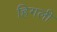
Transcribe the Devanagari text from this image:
हिगली